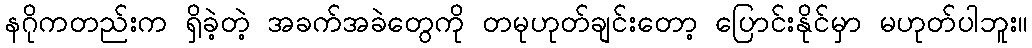
နဂိုကတည်းက ရှိခဲ့တဲ့ အခက်အခဲတွေကို တမုဟုတ်ချင်းတော့ ပြောင်းနိုင်မှာ မဟုတ်ပါဘူး။